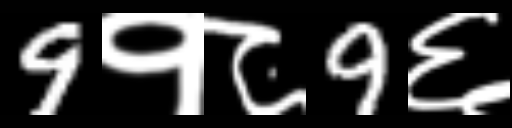
Text: 9१८9६